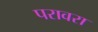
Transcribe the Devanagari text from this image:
परावरा